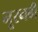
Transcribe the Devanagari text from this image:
नूरनबी